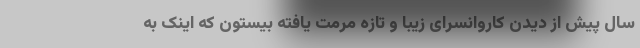
سال پیش از دیدن کاروانسرای زیبا و تازه مرمت یافته بیستون که اینک به